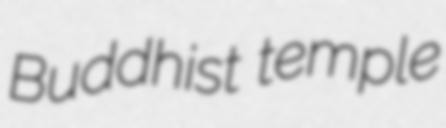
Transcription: Buddhist temple